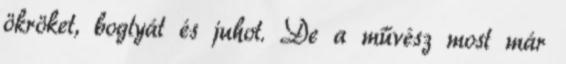
ökröket, boglyát és juhot. De a művész most már